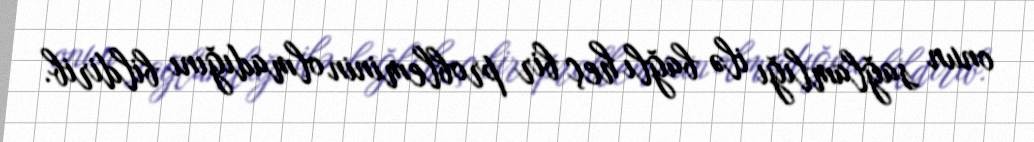
onun sağlamlığı ilə bağlı heç bir probleminin olmadığını bildirib.